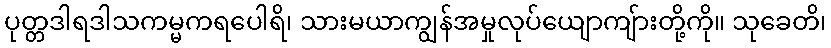
ပုတ္တဒါရဒါသကမ္မကရပေါရိ၊ သားမယာကျွန်အမှုလုပ်ယျောကျ်ားတို့ကို။ သုခေတိ၊